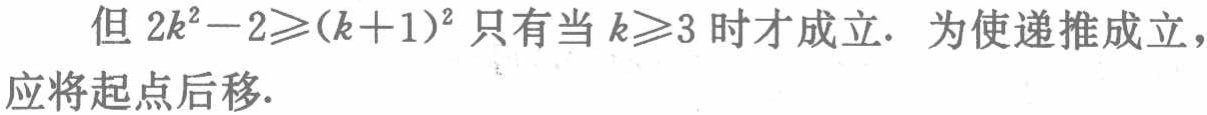
但 \(2k^{2}-2\geqslant(k + 1)^{2}\) 只有当 \(k\geqslant3\) 时才成立. 为使递推成立，应将起点后移.